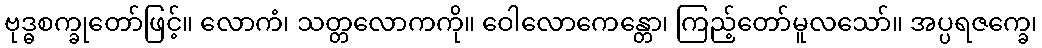
ဗုဒ္ဓစက္ခုတော်ဖြင့်။ လောကံ၊ သတ္တလောကကို။ ဝေါလောကေန္တော၊ ကြည့်တော်မူလသော်။ အပ္ပရဇက္ခေ၊